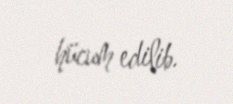
hücum edilib.